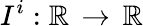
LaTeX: I^{i}:\mathbb{R}\, \rightarrow\, \mathbb{R}